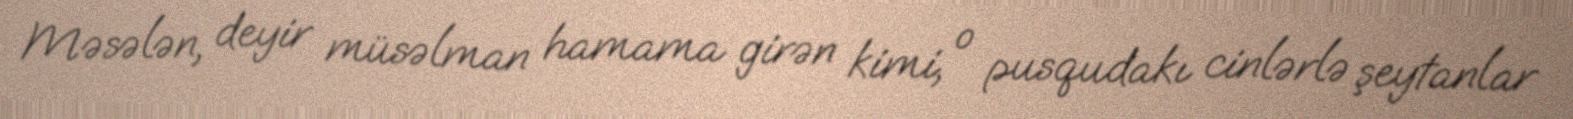
Məsələn, deyir müsəlman hamama girən kimi, o pusqudakı cinlərlə şeytanlar